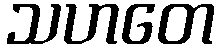
သဟတေ